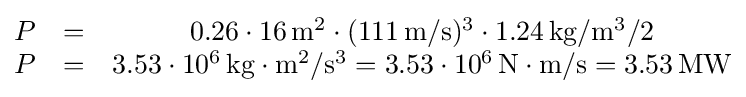
{\begin{matrix}P&=&0{.}26\cdot 16\,\mathrm {m} ^{2}\cdot (111\,\mathrm {m} /\mathrm {s} )^{3}\cdot 1{.}24\,\mathrm {kg} /\mathrm {m} ^{3}/2\\P&=&3{.}53\cdot 10^{6}\,\mathrm {kg} \cdot \mathrm {m} ^{2}/\mathrm {s} ^{3}=3{.}53\cdot 10^{6}\,\mathrm {N} \cdot \mathrm {m} /\mathrm {s} =3{.}53\,\mathrm {MW} \end{matrix}}